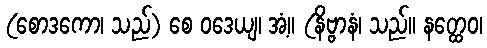
(စောဒကော၊ သည်) စေ ဝဒေယျ၊ အံ့။ (နိဗ္ဗာနံ၊ သည်။ နတ္ထေဝ၊